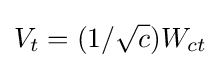
V_{t}=(1/{\sqrt {c}})W_{ct}